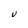
Character: U